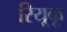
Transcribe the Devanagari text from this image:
रियूकू